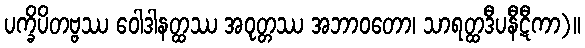
ပက္ခိပိတဗ္ဗဿ ဝေါဒါနတ္ထဿ အဝုတ္တဿ အဘာဝတော၊ သာရတ္ထဒီပနီဋီကာ)။